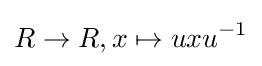
R\to R,x\mapsto uxu^{-1}